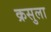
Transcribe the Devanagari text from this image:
क्रसुला